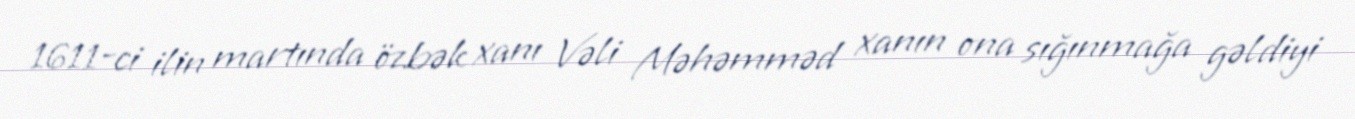
1611-ci ilin martında özbək xanı Vəli Məhəmməd xanın ona sığınmağa gəldiyi